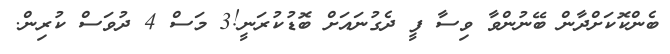
ބެންކޮކަށްދާން ބޭނުންވާ ވިސާ ފީ ދެގުނައަށް ބޮޑުކުރަނީ!3 މަސް 4 ދުވަސް ކުރިން.